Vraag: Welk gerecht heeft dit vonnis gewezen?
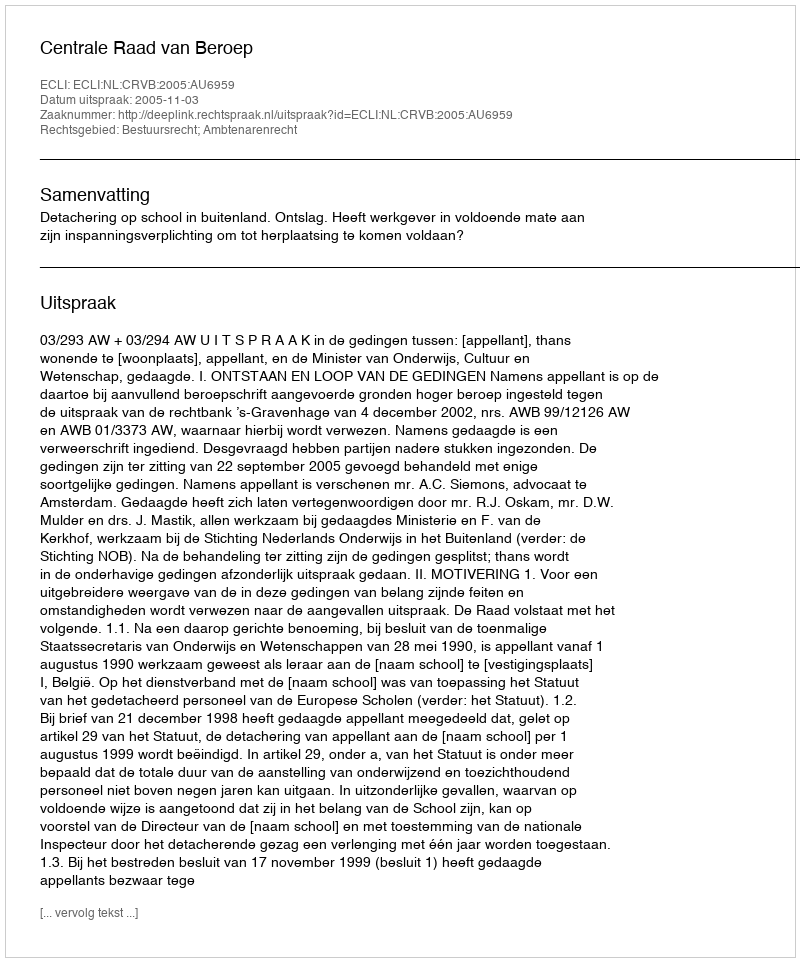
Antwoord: Centrale Raad van Beroep